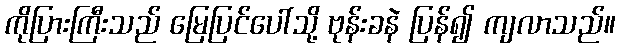
ကိုပြားကြီးသည် မြေပြင်ပေါ်သို့ ဗုန်းခနဲ ပြန်၍ ကျလာသည်။